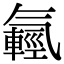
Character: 𣱮